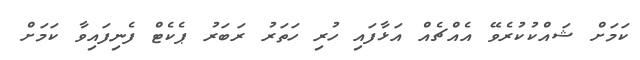
ކަމަށް ޝައްކުކުރެވޭ އެއްޗެއް އަޅާފައި ހުރި ހަތަރު ރަބަރު ޕެކެޓް ފެނިފައިވާ ކަމަށް